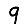
Digit: 9